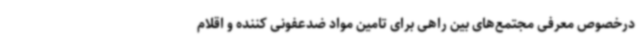
درخصوص معرفی مجتمع‌های بین راهی برای تامین مواد ضدعفونی کننده و اقلام